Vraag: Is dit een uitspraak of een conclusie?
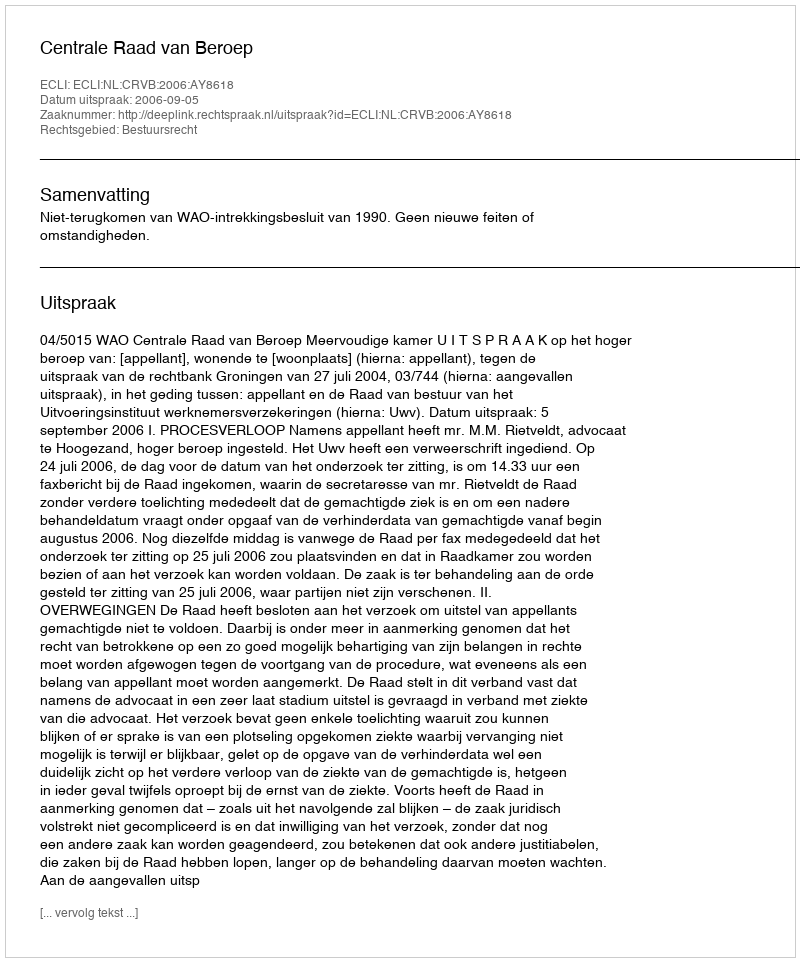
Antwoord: Uitspraak